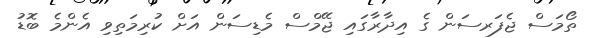
ތޯމަސް ޖެފަރސަން ގެ އިދާރާގައި ޖޭމްސް މެޑިސަން އަށް ކުރިމަތިވި އެންމެ ބޮޑު